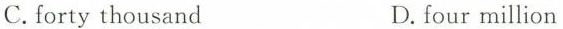
C.forty thousand D.four million